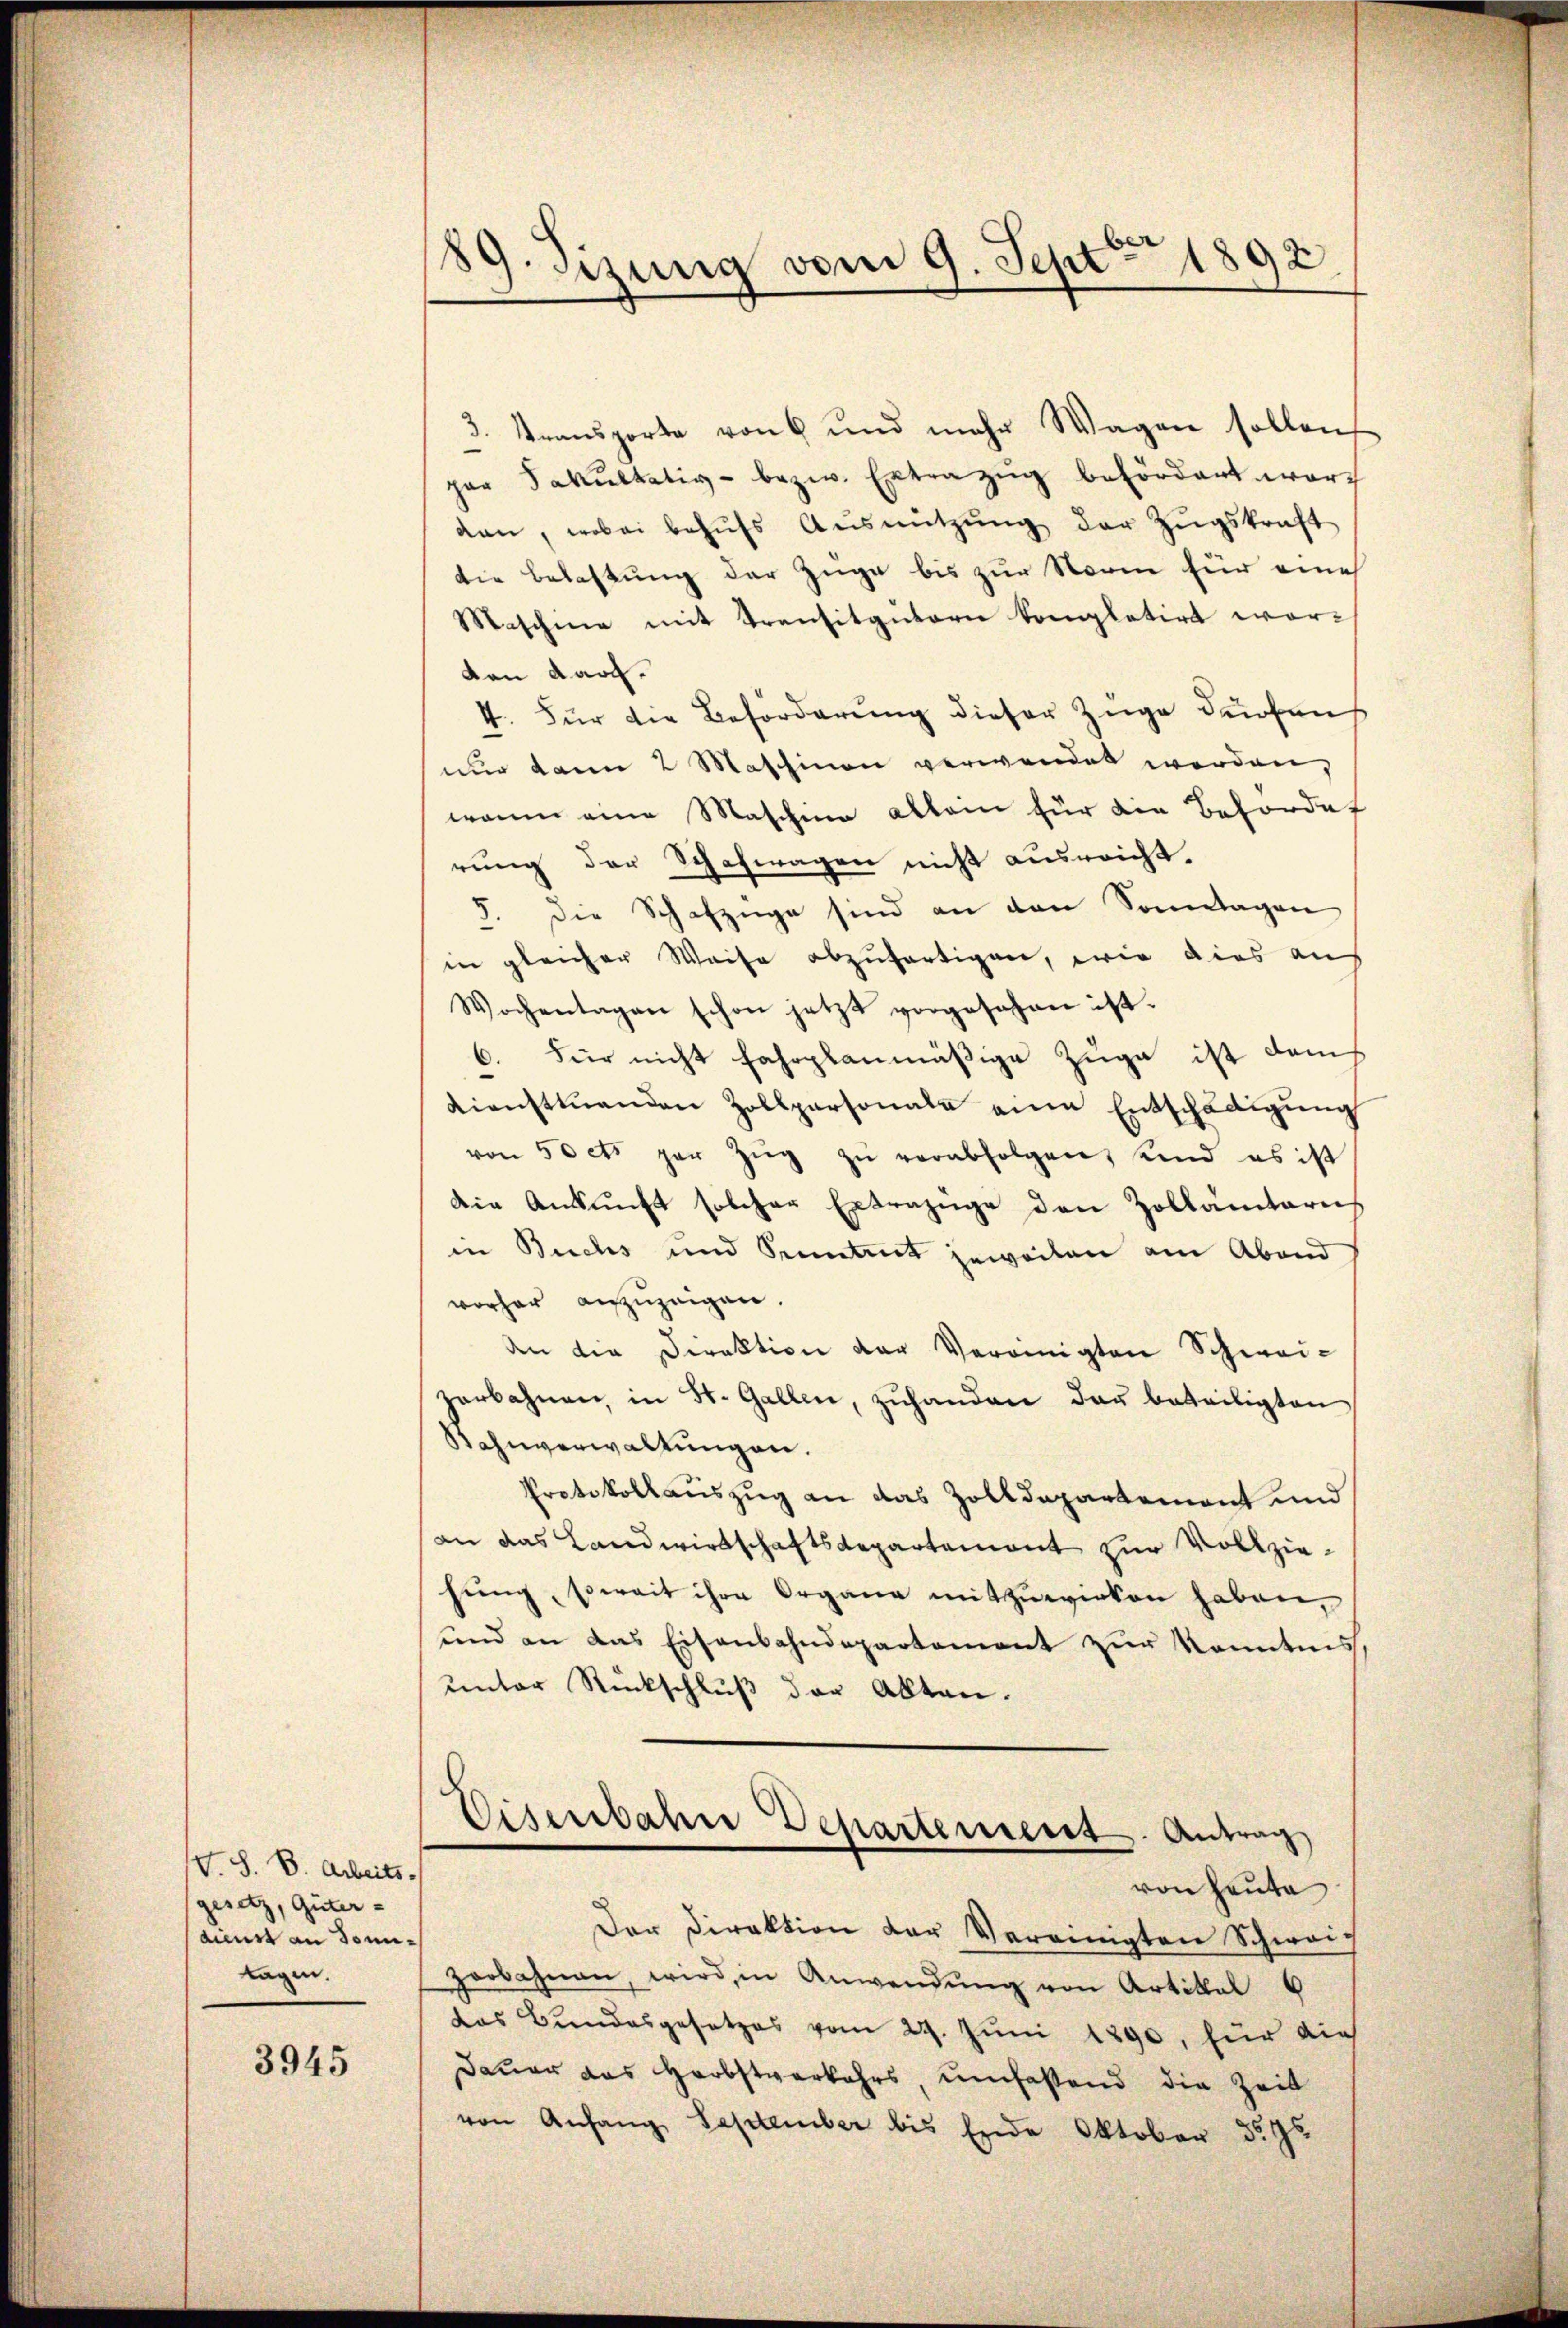
V. S. B. Arbeits-
gesetz, Güter-
dienst an Sonntagen.

3945

189. Sizung vom 9. Sept 1892

3. Transporte von 6 und mehr Wagen sollen,
per Fakultativ- bezw. Extrazug befördert wor
dan, wobei behŭfs Ausnützŭng der Zŭgskraft
die Belastung der Zuge bis zur Norm für eine
Maschine mit Transitgutern kompletirt worvon darf.
4. Für die Beförderung dieser Züge dürfen
nur dann 2 Maschinen verwendet werden,
wann eine Maschine allem für die Befordet
rung der Schafwagen nicht ausreicht.
" die Schafzüge sind an den Sonntagen
in gleicher Weise abzufertigen, wie dies auf
Wochentagen schon jetzt vorgesehen ist.
c. Für nicht fahrplanmäßige Züge ist dem
Diensttuenden Zollpersonale eine Entschädigung
von 50 cts par Zŭg zŭ verabfolgen, und es ist
die Ankunft solcher Extrazuge den Zollämtoris
in Buchs und Sentent jeweilen am Abend
vorher anzuzeigen.
den die Direktion der Vereinigten Schweizerbahnen, in St. Gallen, zŭhanden das beteiligten
Kahnverwaltungen.
Protokollauszug an das Zolldepartemont und
an das Landwirtschaftsdepartement zur Vollziehŭng, soweit ihre Organe mitzuwirken haben,
und an das Eisenbahndepartement zŭr Kenntnis,
unter Rückschluß der Akten.
Eisenbahre Departement. Antrag
von Heute
Der Direktion der Vereinigten Schwarz
zerbahnen, wird in Anwendŭng von Artikel 6
das Bundesgesetzes vom 29. Juni 1890, für die
Dauer das Herbstverkehrs, umfassend die Zeit
von Anfang September bis Ende Oktober d. J.